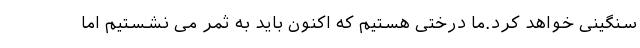
سنگینی خواهد کرد.ما درختی هستیم که اکنون باید به ثمر می نشستیم اما